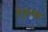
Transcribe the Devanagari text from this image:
रेगुलास